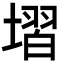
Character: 𡏽